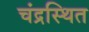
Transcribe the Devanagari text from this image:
चंद्रस्थित